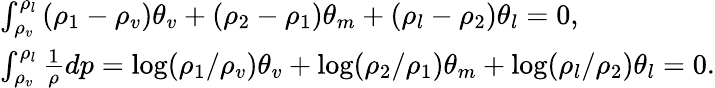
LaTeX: \begin{array}{l}{\int_{{\rho_{v}}}^{{\rho_{l}}}{({\rho_{1}}-{\rho_{v}}){\theta_{v}}+({\rho_{2}}-{\rho_{1}})}{\theta_{m}}+({\rho_{l}}-{\rho_{2}}){\theta_{l}}=0,}\\ {\int_{{\rho_{v}}}^{{\rho_{l}}}{\frac{1}{\rho}dp=\log(}{\rho_{1}}/{\rho_{v}}){\theta_{v}}+\log({\rho_{2}}/{\rho_{1}}){\theta_{m}}+\log({\rho_{l}}/{\rho_{2}}){\theta_{l}}=0.}\end{array}